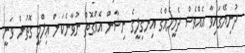
ދުނިޔޭގައިވާ އެއްވެސް ދެމީހެއްގެ އިނގިލީގެ ނިޝާން އެއްގޮތް ނުވާނެކަން ޢިލްމީ ގޮތުން ވަނީ